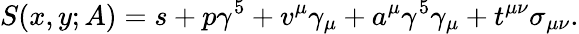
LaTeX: S(x,y;A)=s+p\gamma^{5}+v^{\mu}\gamma_{\mu}+a^{\mu}\gamma^{5}\gamma_{\mu}+t^{\mu\nu}\sigma_{\mu\nu}.